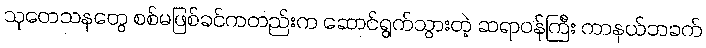
သုတေသနတွေ စစ်မဖြစ်ခင်ကတည်းက ဆောင်ရွက်သွားတဲ့ ဆရာဝန်ကြီး ကာနယ်ဘခက်